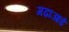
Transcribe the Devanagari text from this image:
गढाआई